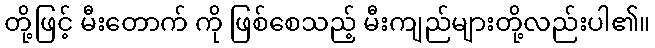
တို့ဖြင့် မီးတောက် ကို ဖြစ်စေသည့် မီးကျည်များတို့လည်းပါ၏။